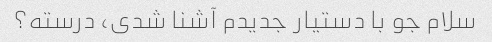
سلام جو با دستیار جدیدم آشنا شدی، درسته؟